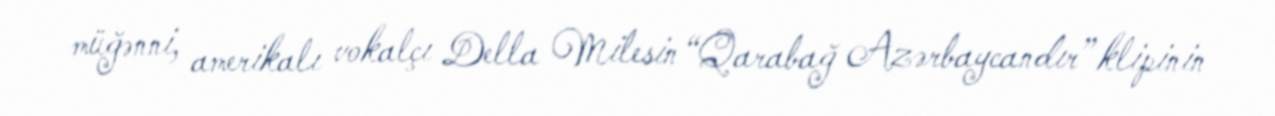
müğənni, amerikalı vokalçı Della Milesin “Qarabağ Azərbaycandır” klipinin